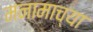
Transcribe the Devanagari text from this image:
मनामाच्या